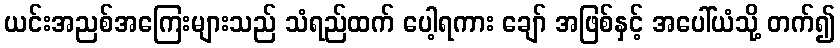
ယင်းအညစ်အကြေးများသည် သံရည်ထက် ပေါ့ရကား ချော် အဖြစ်နှင့် အပေါ်ယံသို့ တက်၍